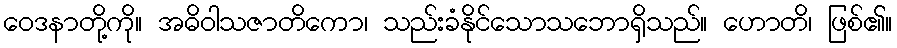
ဝေဒနာတို့ကို။ အဓိဝါသဇာတိကော၊ သည်းခံနိုင်သောသဘောရှိသည်။ ဟောတိ၊ ဖြစ်၏။